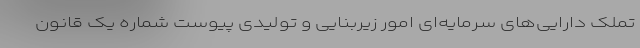
تملک دارایی‌های سرمایه‌ای امور زیربنایی و تولیدی پیوست شماره یک قانون